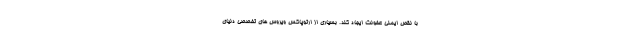
با نقص ایمنی عفونت ایجاد کند. بسیاری از ارتوپاکس ویروس های تخصصی دنیای